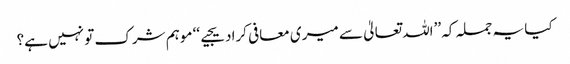
کیا یہ جملہ کہ ’’اللہ تعالیٰ سے میری معافی کرادیجیے‘‘ موہم شرک تو نہیں ہے؟